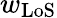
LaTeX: w_{\mathrm{LoS}}